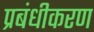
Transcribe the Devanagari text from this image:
प्रबंधीकरण